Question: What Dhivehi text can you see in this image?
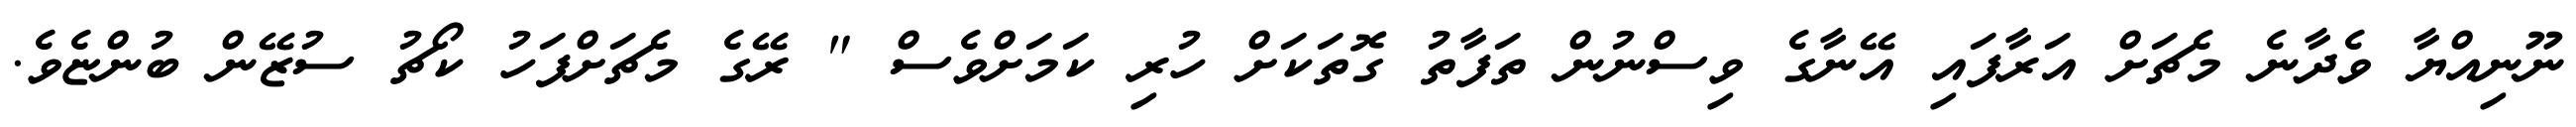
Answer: ނޫނިއްޔާ ވެދާނެ މެޗަށް އަރާފައި އޭނާގެ ވިސްނުން ތަފާތު ގޮތަކަށް ހުރި ކަމަށްވެސް " ރޭގެ މެޗަށްފަހު ކޯޗު ސުޒޭން ބުންޏެވެ.